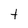
Character: t